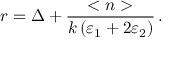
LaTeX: r = \Delta + \frac { < n > } { k \, ( \varepsilon _ { 1 } + 2 \varepsilon _ { 2 } ) } \, .